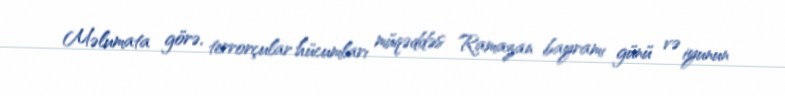
Məlumata görə, terrorçular hücumları müqəddəs Ramazan bayramı günü və iyunun